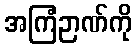
အကြံဉာဏ်ကို